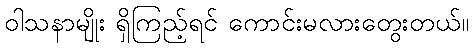
ဝါသနာမျိုး ရှိကြည့်ရင် ကောင်းမလားတွေးတယ်။